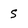
Character: s